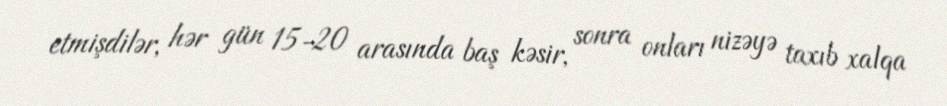
etmişdilər, hər gün 15-20 arasında baş kəsir, sonra onları nizəyə taxıb xalqa